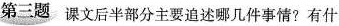
第三题课文后半部分主要追述哪几件事情？有什